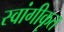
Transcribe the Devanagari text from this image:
स्वांगीकृत